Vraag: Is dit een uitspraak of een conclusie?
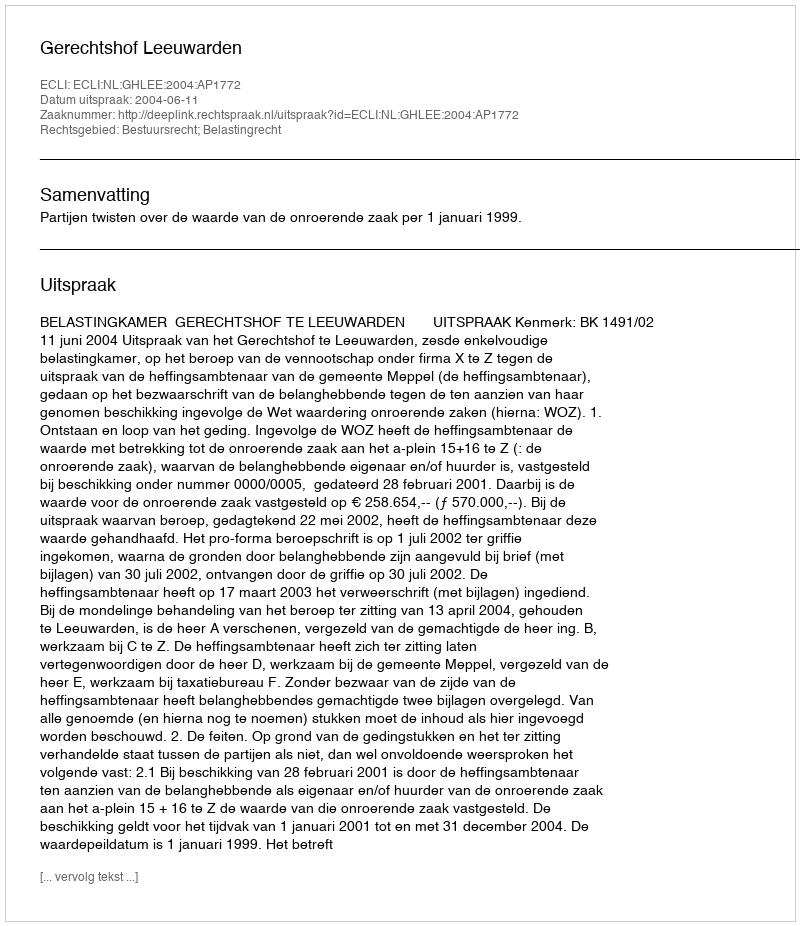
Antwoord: Uitspraak